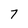
Character: 7